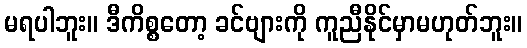
မရပါဘူး။ ဒီကိစ္စတော့ ခင်ဗျားကို ကူညီနိုင်မှာမဟုတ်ဘူး။